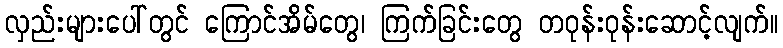
လှည်းများပေါ်တွင် ကြောင်အိမ်တွေ၊ ကြက်ခြင်းတွေ တဝုန်းဝုန်းဆောင့်လျက်။